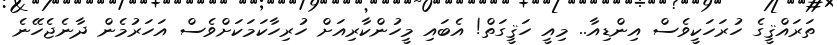
ތަރައްޤީގެ ހުރަހަކީވެސް އިންޑިއާ.. މިއީ ހަޤީގަތް! އެބައި މީހުންކާރިއަށް ހުރިހާކަމަކަށްވެސް އަހަރުމެން ދާނެޖެހޭނެ